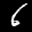
Label: 6